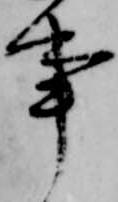
事